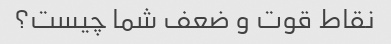
نقاط قوت و ضعف شما چیست؟